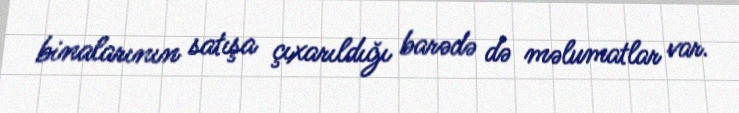
binalarının satışa çıxarıldığı barədə də məlumatlar var.